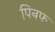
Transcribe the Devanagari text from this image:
पिनफ